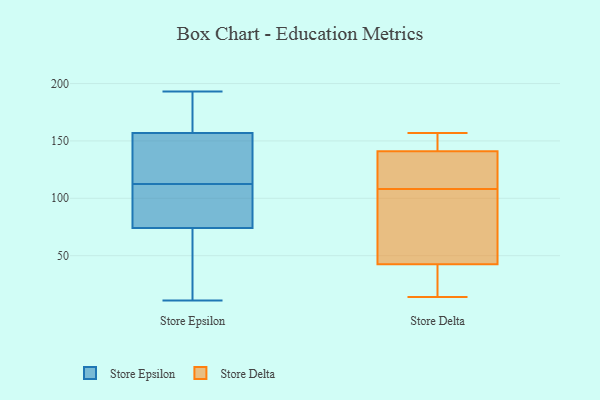
{"axis": {"x": "Net Income (USD K)", "y": "Value"}, "legend": ["Store Delta", "Store Epsilon"], "data": [{"x": "", "y": 157, "type": "Store Epsilon"}, {"x": "", "y": 169, "type": "Store Epsilon"}, {"x": "", "y": 192, "type": "Store Epsilon"}, {"x": "", "y": 112, "type": "Store Epsilon"}, {"x": "", "y": 136, "type": "Store Epsilon"}, {"x": "", "y": 114, "type": "Store Epsilon"}, {"x": "", "y": 11, "type": "Store Epsilon"}, {"x": "", "y": 193, "type": "Store Epsilon"}, {"x": "", "y": 190, "type": "Store Epsilon"}, {"x": "", "y": 88, "type": "Store Epsilon"}, {"x": "", "y": 12, "type": "Store Epsilon"}, {"x": "", "y": 122, "type": "Store Epsilon"}, {"x": "", "y": 100, "type": "Store Epsilon"}, {"x": "", "y": 96, "type": "Store Epsilon"}, {"x": "", "y": 60, "type": "Store Epsilon"}, {"x": "", "y": 24, "type": "Store Epsilon"}, {"x": "", "y": 110, "type": "Store Epsilon"}, {"x": "", "y": 22, "type": "Store Epsilon"}, {"x": "", "y": 113, "type": "Store Epsilon"}, {"x": "", "y": 157, "type": "Store Epsilon"}, {"x": "", "y": 151, "type": "Store Delta"}, {"x": "", "y": 157, "type": "Store Delta"}, {"x": "", "y": 125, "type": "Store Delta"}, {"x": "", "y": 155, "type": "Store Delta"}, {"x": "", "y": 14, "type": "Store Delta"}, {"x": "", "y": 63, "type": "Store Delta"}, {"x": "", "y": 92, "type": "Store Delta"}, {"x": "", "y": 124, "type": "Store Delta"}, {"x": "", "y": 16, "type": "Store Delta"}, {"x": "", "y": 91, "type": "Store Delta"}, {"x": "", "y": 131, "type": "Store Delta"}, {"x": "", "y": 22, "type": "Store Delta"}]}